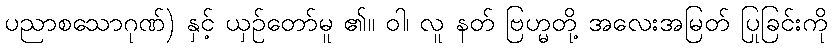
ပညာစသောဂုဏ်) နှင့် ယှဉ်တော်မူ ၏။ ဝါ၊ လူ နတ် ဗြဟ္မတို့ အလေးအမြတ် ပြုခြင်းကို